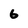
Character: 6